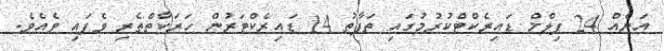
އަނެއް 24 ފިލްމް ޑައިރެކްޓްކުރުމުގައި ތަފާތު 14 ޑައިރެކްޓަރުން ހަރަކާތްތެރި ވެފައި ވެއެވެ.